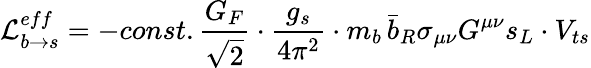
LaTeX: {\cal L}_{b\rightarrow s}^{eff}=-const.\frac{G_{F}}{\sqrt{2}}\cdot\frac{g_{s}}{4\pi^{2}}\cdot m_{b}\, \bar{b}_{R}\sigma_{\mu\nu}G^{\mu\nu}s_{L}\cdot V_{ts}